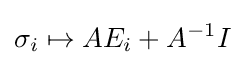
\sigma _{i}\mapsto AE_{i}+A^{-1}I